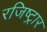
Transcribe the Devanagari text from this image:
रजिष्ट्रार